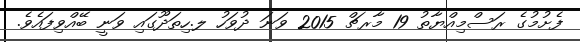
ފެށުމުގެ ރަސްމިއްޔާތު 19 މާރޗް 2015 ވަނަ ދުވަހު ލ.ހިތަދޫގައި ވަނީ ބޭއްވިފައެވެ.